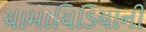
ચામાચિડિયાની